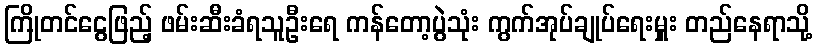
ကြိုတင်ငွေဖြည့် ဖမ်းဆီးခံရသူဦးရေ ကန်တော့ပွဲသုံး ကွက်အုပ်ချုပ်ရေးမှူး တည်နေရာသို့